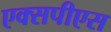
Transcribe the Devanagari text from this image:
एक्सपीएस